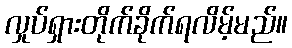
လှုပ်ရှားတိုက်ခိုက်ရလိမ့်မည်။